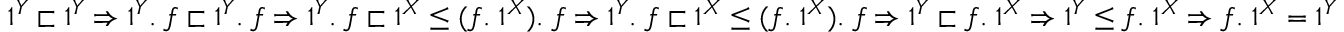
1 ^ { Y } \sqsubset 1 ^ { Y } \Rightarrow 1 ^ { Y } . \; f \sqsubset 1 ^ { Y } . \; f \Rightarrow 1 ^ { Y } . \; f \sqsubset 1 ^ { X } \leq ( f . \; 1 ^ { X } ) . \; f \Rightarrow 1 ^ { Y } . \; f \sqsubset 1 ^ { X } \leq ( f . \; 1 ^ { X } ) . \; f \Rightarrow 1 ^ { Y } \sqsubset f . \; 1 ^ { X } \Rightarrow 1 ^ { Y } \leq f . \; 1 ^ { X } \Rightarrow f . \; 1 ^ { X } = 1 ^ { Y }